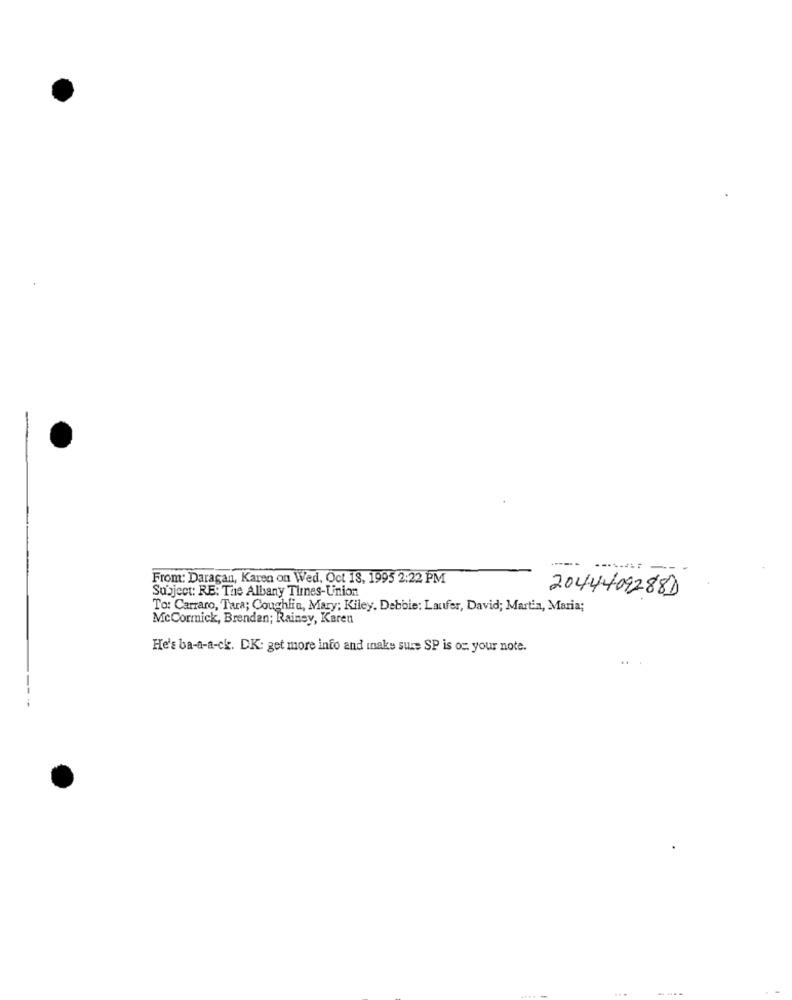
From: Daragan, Karen on Wed, Oct 18, 1995 2:22 PM
Subject: RE: The Albany Times-Union
2044409288D
To: Carraro, Tara; Coughlin, Mary; Kiley. Debbie: Laufer, David; Martin, Maria;
McCormick, Brendan; Rainey, Karen
He's ba-a-a-ck. DK: get more info and make sure SP is oz your note.